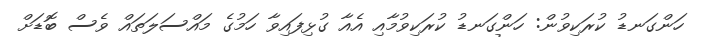
ހަންގަނޑު ކުރަކިވުން: ހަންގަނޑު ކުރަކިވުމާއި އެއާ ގުޅިފައިވާ ހަމުގެ މައްސަލަތައް ވެސް ބޮޑަށް